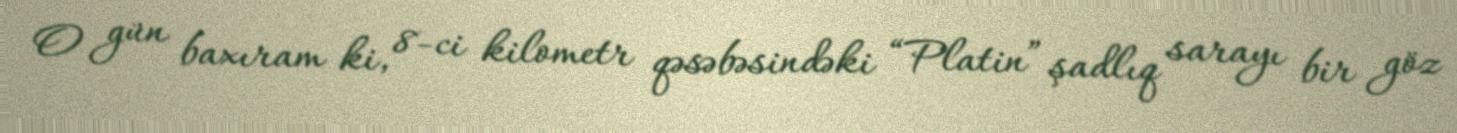
O gün baxıram ki, 8-ci kilometr qəsəbəsindəki “Platin” şadlıq sarayı bir göz